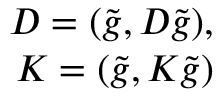
\begin{array} { r } { D = ( \tilde { g } , { \cal D } \tilde { g } ) , } \\ { K = ( \tilde { g } , { \cal K } \tilde { g } ) } \end{array}